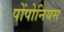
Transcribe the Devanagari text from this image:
पोंपोनियस